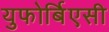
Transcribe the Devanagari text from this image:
युफोर्बिएसी